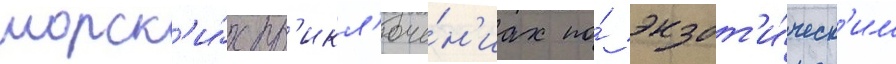
морск'и́х пр'икл'юче́н'иах по́ экзот'и́ческ'им